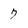
Character: 7